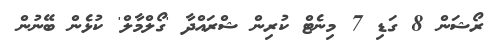
ރޯޝަން 8 ގަޑި 7 މިނެޓް ކުރިން ޝްރައްދާ 'ގޯލްމާލް' ކުޅެން ބޭނުން